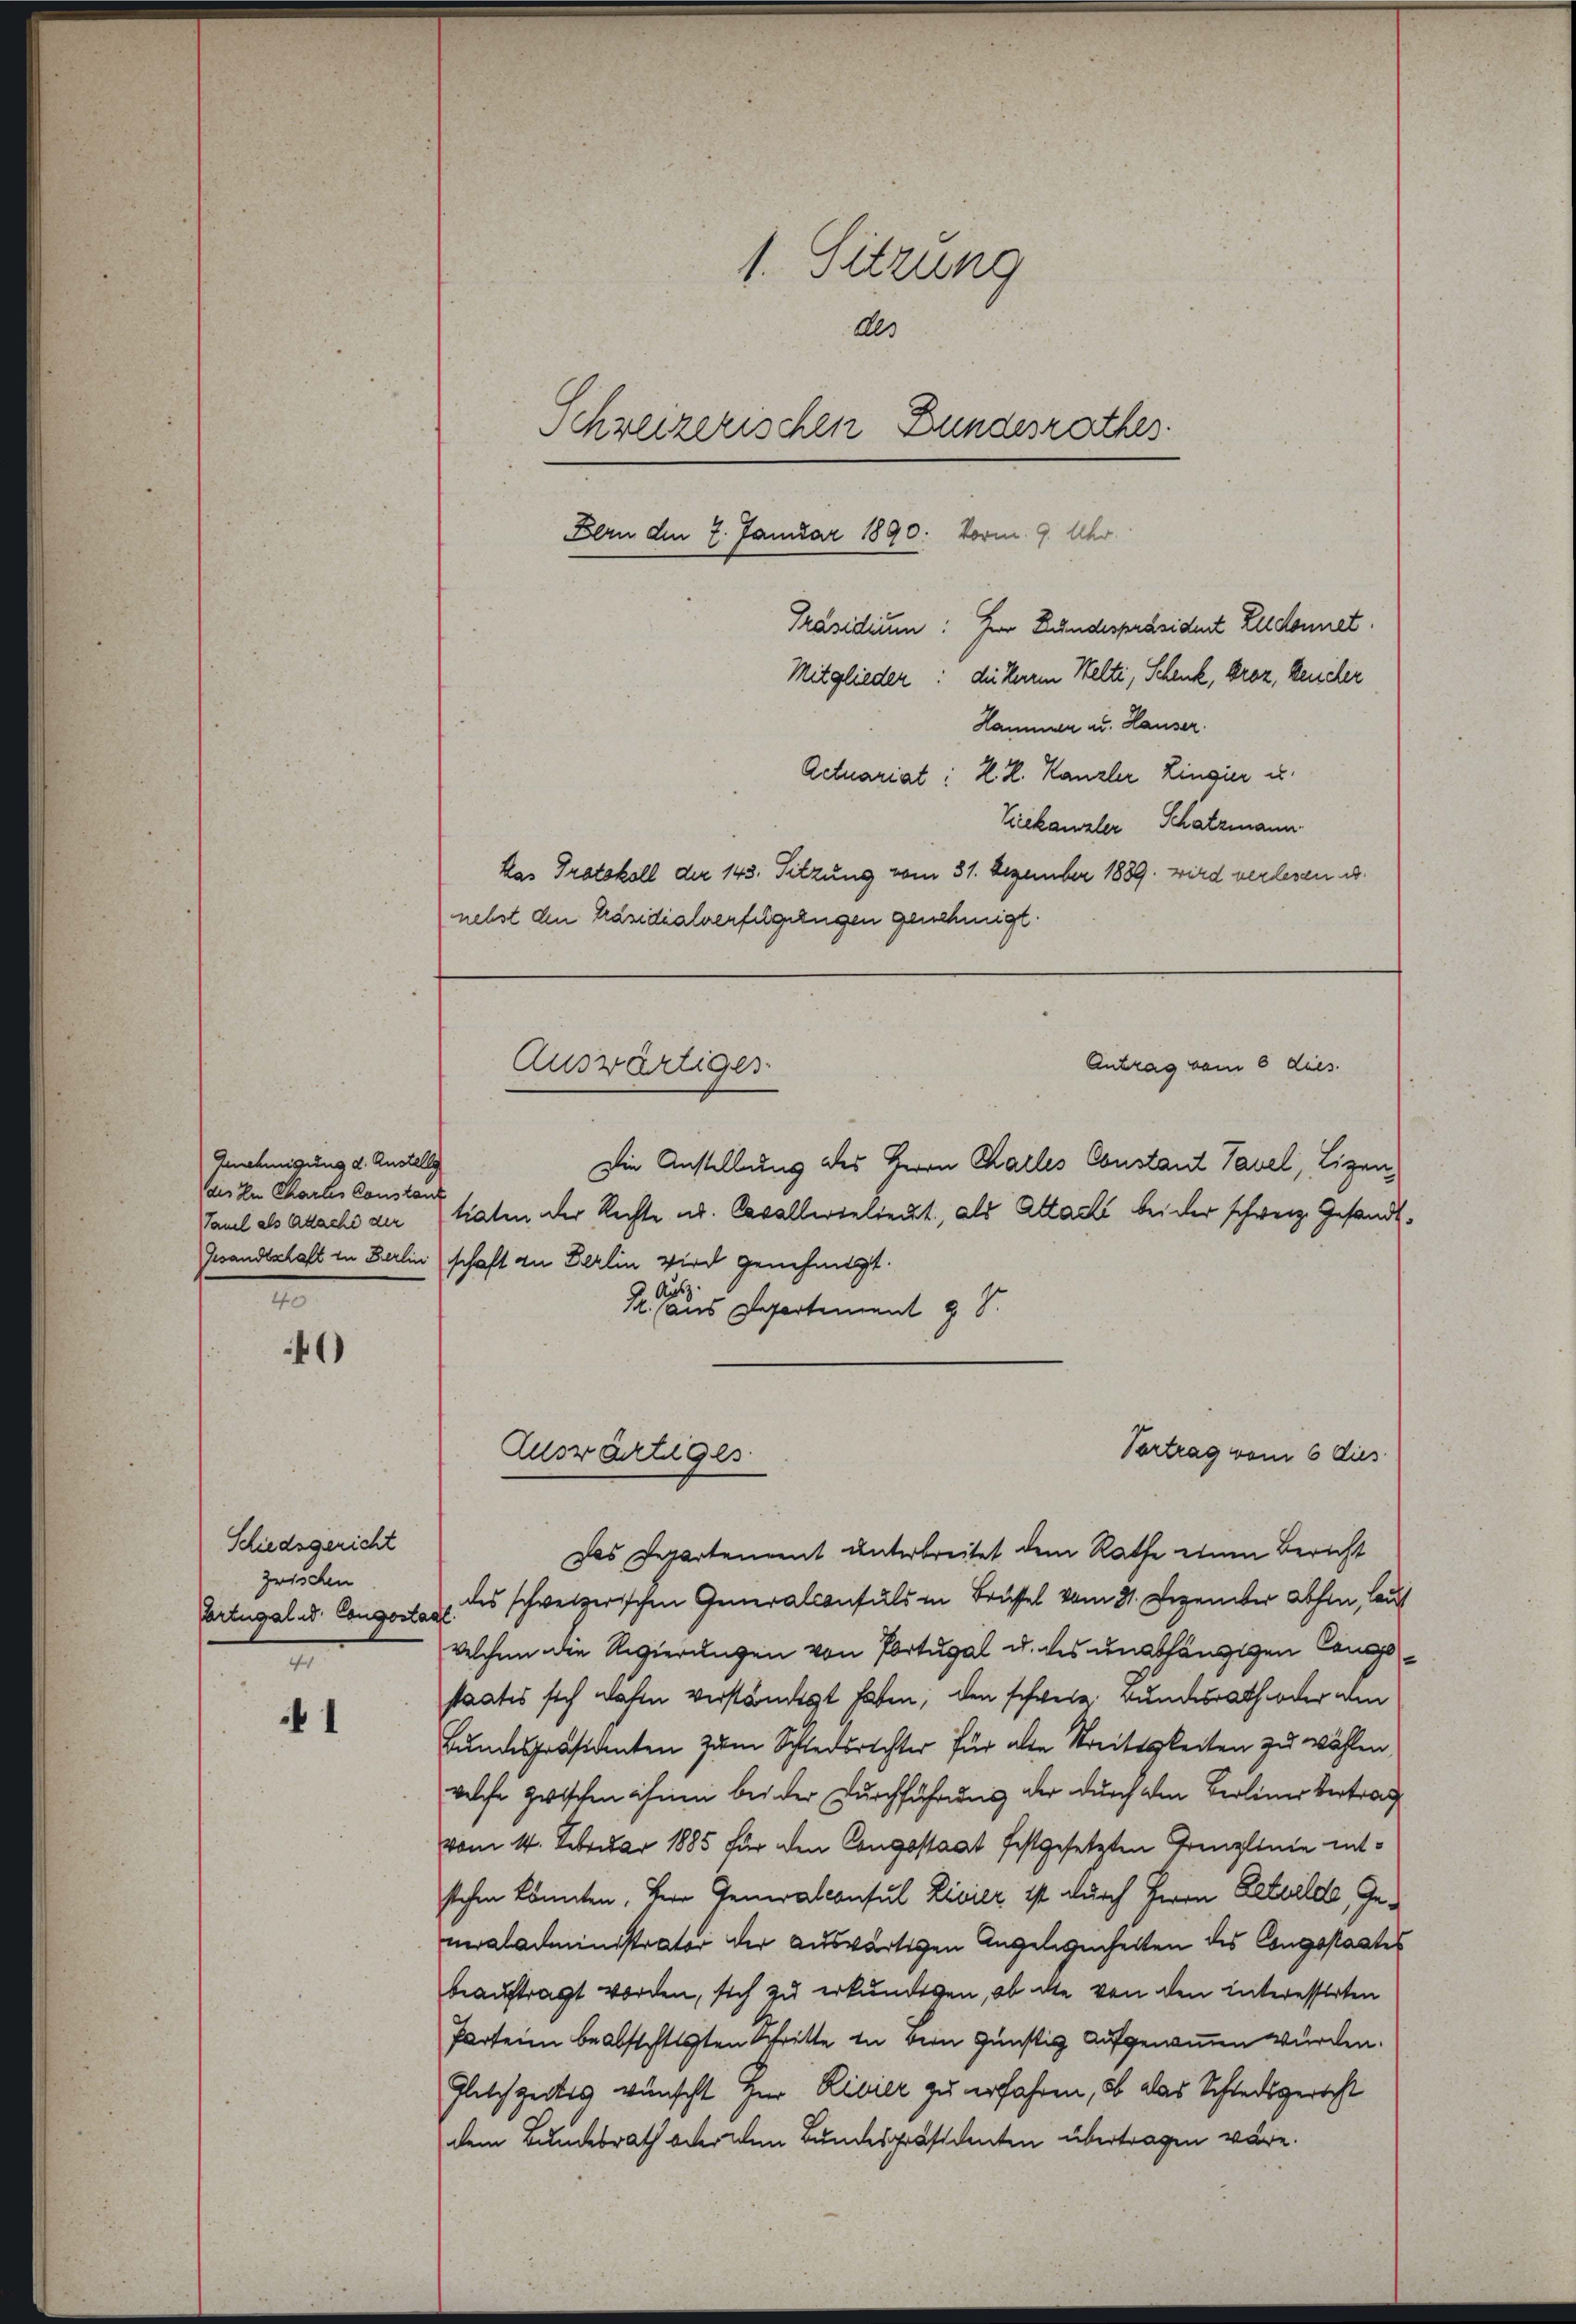
0

Schiedsgericht
zwischen
Ertugal u. Congesta
n

1

Genehmigung d. Austellg
des In Chartes Constanz
n

1. Sitzung
Als
Schreizerischen Bundesrathes
Bern den 7. Januar 1890. Vorm. 9. Uhr
Präsidium: Hr Bundespräsident All donnet.
Mitglieder: die Herren Welti, Schenk, broz, keucher
Hammer u. Hauser.
Actuariat: H. H. Kanzler Lingier u.

Kiekanzler Schatzmann.
Das Protokoll der 143. Sitzung vom 31. Dezember 1889. wird verlesen u.
nebst den Präsidialverfügungen genehmigt.
Antrag vom 6 dies
Die Anstellung des Herrn Kalles Constant Tavel, Lizen¬
Tamel als abache der taten der Rechte ad. Cavallerielieut, als Attachi beider schweiz. Gesandt¬
Gesandtschaft in Berlinschaft zu Berlin wird genehmigt.
us
1. (aus Departement a S.
Vortrag vom 6 dies
Zuswärtiges
Das Departement unterbreitet dem Rathe einen Bericht
des schweizerischen Generalconsuls in Brüssel vom 31. Dezember abhin, laut
f
welchen der Regierungen von Portugal u. des unabhängigen Cangestaates sich wachen verständigt haben, den schwere Bundesrath oder den
Bundespräsidenten zum Schiedsrichter für alle Streitigkeiten zu wählen,
welche zwischen ihnen bei der Durchführung der durch den Berliner Vertrag
vom 14. Februar 1885 für den Congestaat festgesetzten Grenzlinie entstehen könnten, Herr Generalconsul Rivier ist durch Herrn Beteilde, Gemaladministrator der auswärtigen Angelegenheiten des Congestaates
beauftragt worden, sich zu erkundigen, ob die von den interesserten
Parteien beabsichtigten Schritte in dein günstig aufgenommen wurden.
Gleichzeitig wünscht zur Rivier zu erfahren, ob das Schiedsgericht
dem Bundesrath oder den Bundespräsidenten übertragen wäre.

Auswärtiger